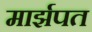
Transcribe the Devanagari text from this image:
मार्झपत